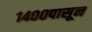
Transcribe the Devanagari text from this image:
१४००पासून